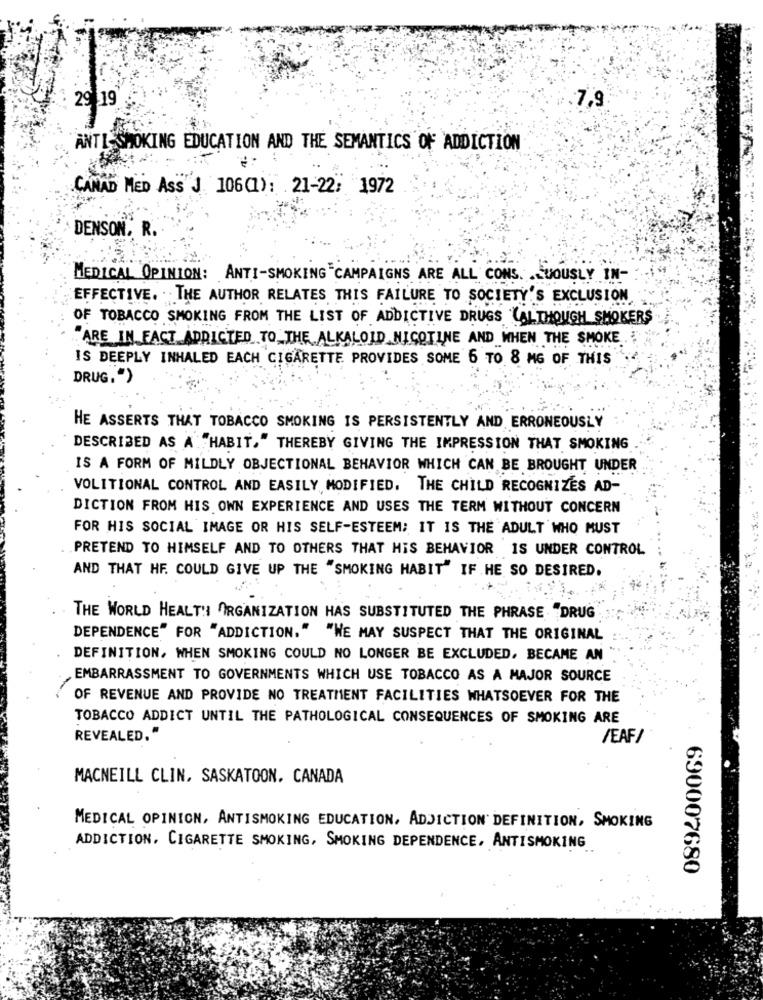
29 19
.7,9
ANTI- SMOKING EDUCATION AND THE SEMANTICS OF ADDICTION
CANAD MED ASS J 106(1): 21-22: 1972
DENSON, R.
MEDICAL OPINION: ANTI-SMOKING CAMPAIGNS ARE ALL CONS. . VOUSLY IN-
EFFECTIVE. THE AUTHOR RELATES THIS FAILURE TO SOCIETY'S EXCLUSION
OF TOBACCO SMOKING FROM THE LIST OF ADDICTIVE DRUGS (ALTHOUGH SMOKERS
"ARE IN FACT ADDICTED TO THE ALKALOID NICOTINE AND WHEN THE SMOKE.
IS DEEPLY INHALED EACH CIGARETTE PROVIDES SOME 6 TO 8 MG OF THIS
DRUG.")
HE ASSERTS THAT TOBACCO SMOKING IS PERSISTENTLY AND ERRONEOUSLY
DESCRIBED AS A "HABIT." THEREBY GIVING THE IMPRESSION THAT SMOKING
IS A FORM OF MILDLY OBJECTIONAL BEHAVIOR WHICH CAN BE BROUGHT UNDER
VOLITIONAL CONTROL AND EASILY MODIFIED. THE CHILD RECOGNIZES AD-
DICTION FROM HIS OWN EXPERIENCE AND USES THE TERM WITHOUT CONCERN
FOR HIS SOCIAL IMAGE OR HIS SELF-ESTEEM; IT IS THE ADULT WHO MUST
PRETEND TO HIMSELF AND TO OTHERS THAT HIS BEHAVIOR IS UNDER CONTROL
AND THAT HE. COULD GIVE UP THE "SMOKING HABIT" IF HE SO DESIRED.
THE WORLD HEALTH ORGANIZATION HAS SUBSTITUTED THE PHRASE "DRUG
DEPENDENCE" FOR "ADDICTION." "WE MAY SUSPECT THAT THE ORIGINAL
DEFINITION, WHEN SMOKING COULD NO LONGER BE EXCLUDED, BECAME AN
EMBARRASSMENT TO GOVERNMENTS WHICH USE TOBACCO AS A MAJOR SOURCE
OF REVENUE AND PROVIDE NO TREATMENT FACILITIES WHATSOEVER FOR THE
TOBACCO ADDICT UNTIL THE PATHOLOGICAL CONSEQUENCES OF SMOKING ARE
REVEALED."
/EAF/
MACNEILL CLIN, SASKATOON. CANADA
MEDICAL OPINION, ANTISMOKING EDUCATION, ADDICTION DEFINITION, SMOKING
ADDICTION, CIGARETTE SMOKING, SMOKING DEPENDENCE, ANTISMOKING
690007680